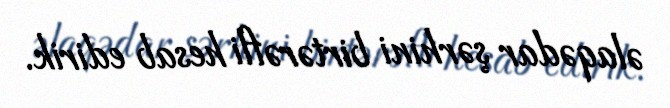
əlaqədar şərhini birtərəfli hesab edirik.